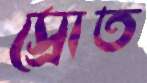
স্রোত